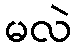
မလဲ